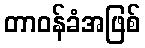
တာဝန်ခံအဖြစ်